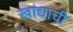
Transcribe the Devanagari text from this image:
खांद्याची